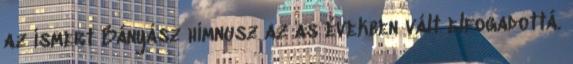
az ismert Bányász himnusz az as években vált elfogadottá.